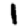
Digit: 1